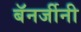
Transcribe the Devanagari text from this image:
बॅनर्जीनी